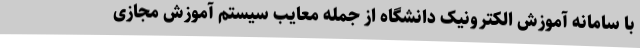
با سامانه آموزش الکترونیک دانشگاه از جمله معایب سیستم آموزش مجازی